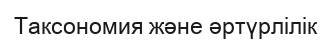
Таксономия және әртүрлілік